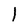
Character: 1